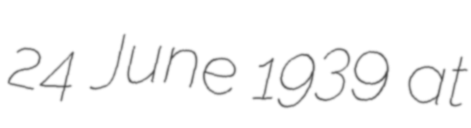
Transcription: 24 June 1939 at